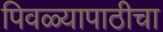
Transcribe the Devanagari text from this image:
पिवळ्यापाठीचा